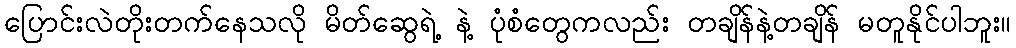
ပြောင်းလဲတိုးတက်နေသလို မိတ်ဆွေရဲ့ နဲ့ ပုံစံတွေကလည်း တချိန်နဲ့တချိန် မတူနိုင်ပါဘူး။